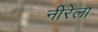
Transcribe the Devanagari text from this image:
नीरेला